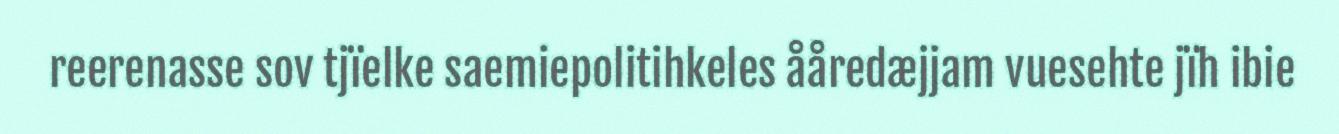
reerenasse sov tjïelke saemiepolitihkeles ååredæjjam vuesehte jïh ibie